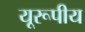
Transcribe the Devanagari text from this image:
यूरूपीय